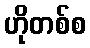
ဟိုတစ်စ